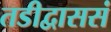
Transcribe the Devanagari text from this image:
तडीद्वाससं